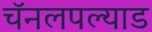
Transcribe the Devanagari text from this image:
चॅनलपल्याड